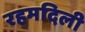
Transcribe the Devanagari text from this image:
रहमदिली